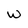
Character: W